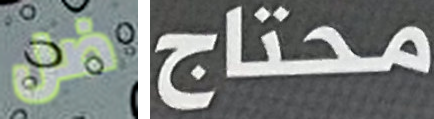
ضل محتاج